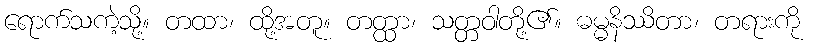
ရောက်သကဲ့သို့။ တထာ၊ ထို့အတူ။ တတ္ထာ၊ သတ္တဝါတို့၏။ ဓမ္မနိဿိတာ၊ တရားကို